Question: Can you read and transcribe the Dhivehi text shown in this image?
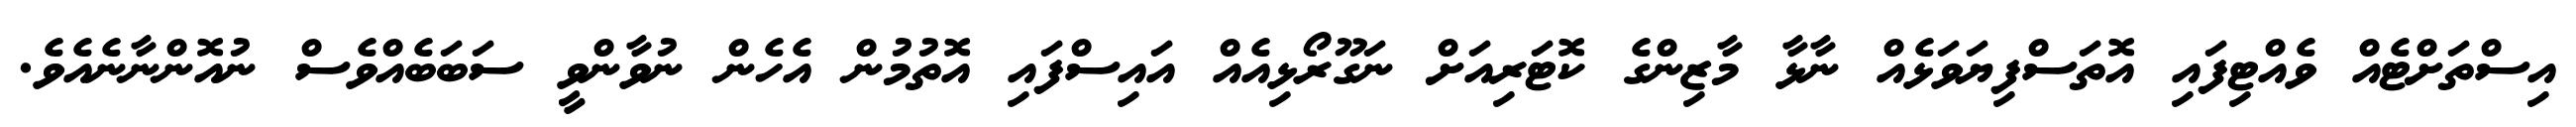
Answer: އިސްތަށްޓެއް ވެއްޓިފައި އޮތަސްފިޔަވަޅެއް ނާޅާ މާޒިންގެ ކޮޓަރިއަށް ނަގޫރޯޅިއެއް އައިސްފައި އޮތުމުން އެހެން ނުވާންވީ ސަބަބެއްވެސް ނުއޮންނާނެއެވެ.